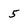
Character: 5